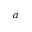
^ { a }